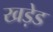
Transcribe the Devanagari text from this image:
खड़ेड